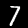
Digit: 7